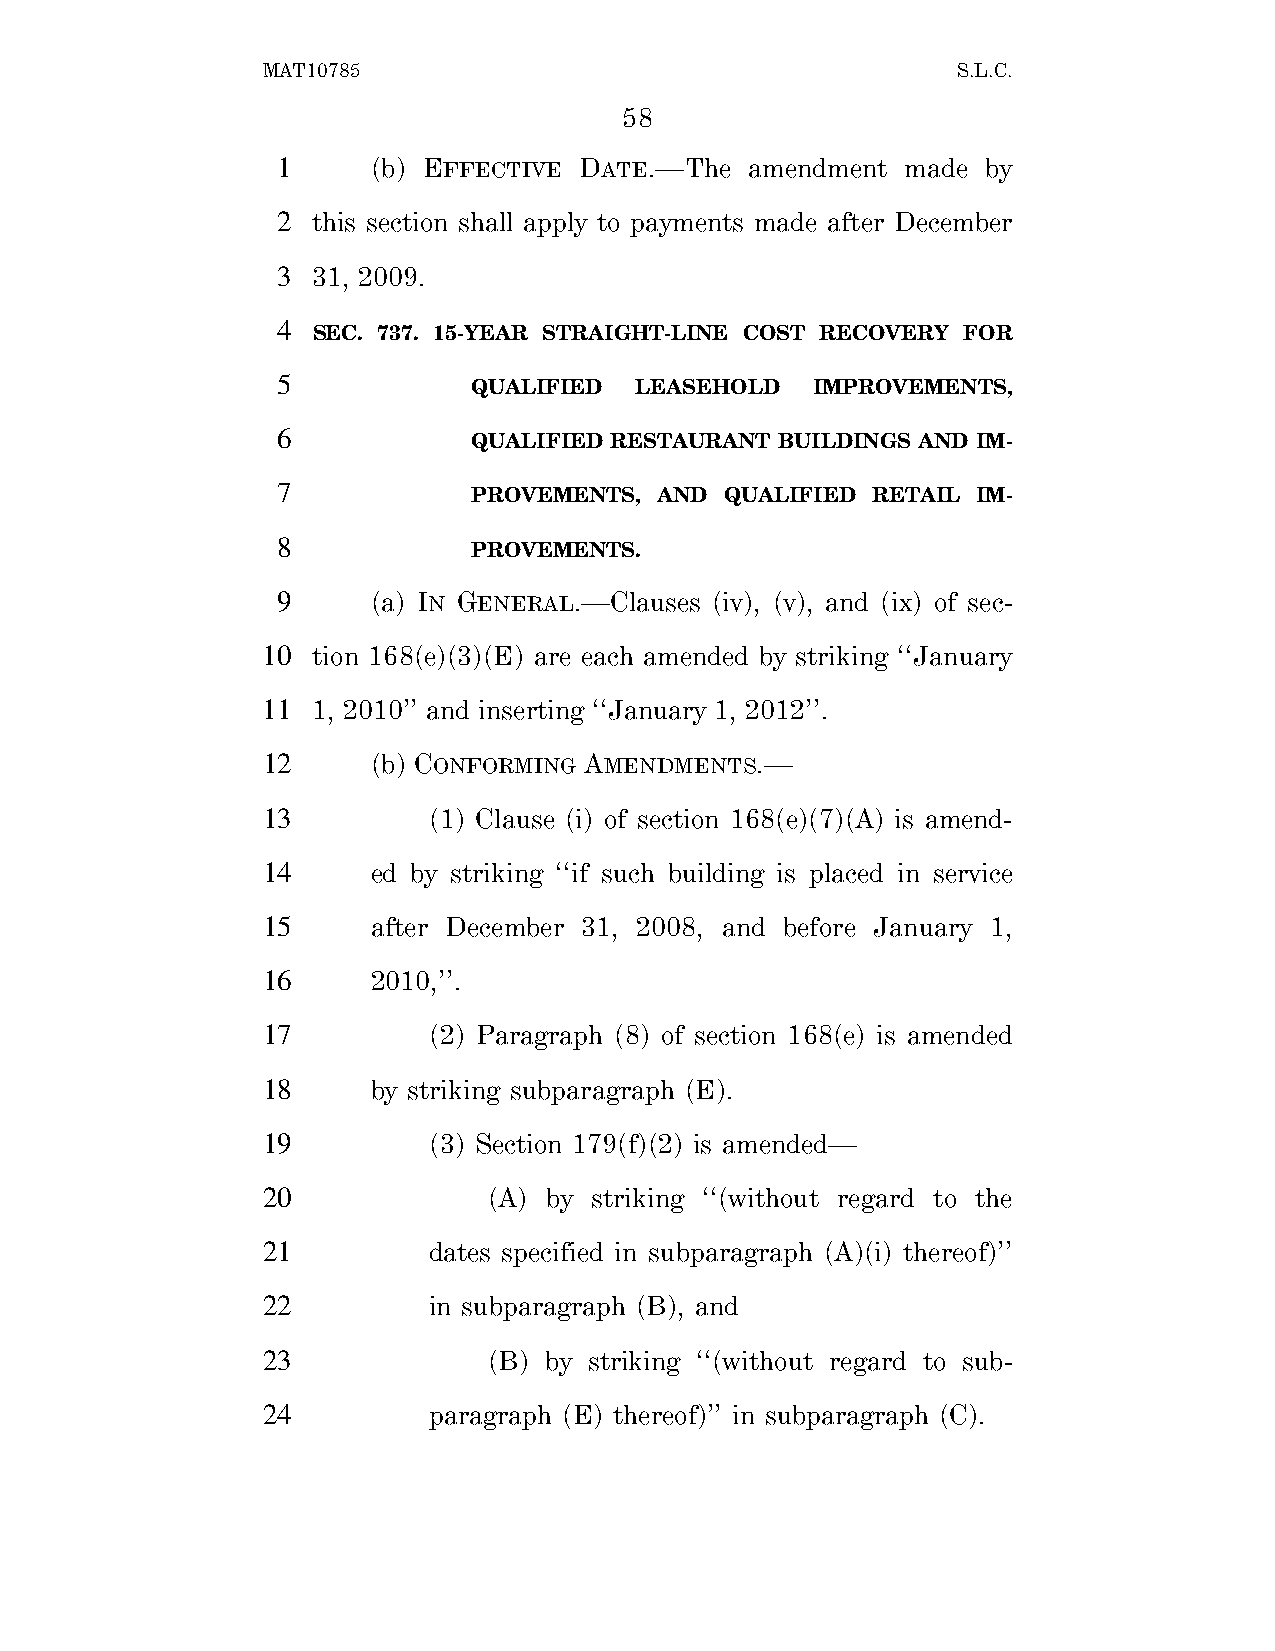
MAT10785                                      S.L.C.
 58
 1      (b) EFFECTIVE DATE.—The  amendment made by
 2  this section shall apply to payments made after December
 3  31, 2009.
 4
 SEC. 737. 15-YEAR STRAIGHT-LINE COST RECOVERY FOR
 5
 QUALIFIED  LEASEHOLD   IMPROVEMENTS,
 6
 QUALIFIED RESTAURANT BUILDINGS AND IM-
 7
 PROVEMENTS, AND  QUALIFIED RETAIL IM-
 8
 PROVEMENTS.
 9      (a) IN GENERAL.—Clauses (iv), (v), and (ix) of sec-
 10  tion 168(e)(3)(E) are each amended by striking ‘‘January
 11  1, 2010’’ and inserting ‘‘January 1, 2012’’.
 12      (b) CONFORMING AMENDMENTS.—
 13         (1) Clause (i) of section 168(e)(7)(A) is amend-
 14      ed by striking ‘‘if such building is placed in service
 15      after December 31, 2008, and before January 1,
 16      2010,’’.
 17         (2) Paragraph (8) of section 168(e) is amended
 18      by striking subparagraph (E).
 19         (3) Section 179(f)(2) is amended—
 20             (A) by striking ‘‘(without regard to the
 21         dates specified in subparagraph (A)(i) thereof)’’
 22         in subparagraph (B), and
 23             (B) by striking ‘‘(without regard to sub-
 24         paragraph (E) thereof)’’ in subparagraph (C).